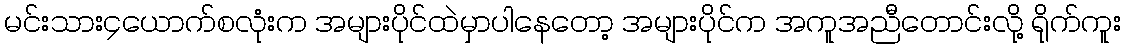
မင်းသား၄ယောက်စလုံးက အများပိုင်ထဲမှာပါနေတော့ အများပိုင်က အကူအညီတောင်းလို့ ရိုက်ကူး